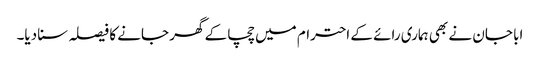
ابا جان نے بھی ہماری رائے کے احترام میں چچا کے گھر جانے کا فیصلہ سنا دیا۔